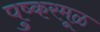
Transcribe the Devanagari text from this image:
पुष्करमूळ